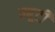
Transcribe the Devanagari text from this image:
म्बूटी